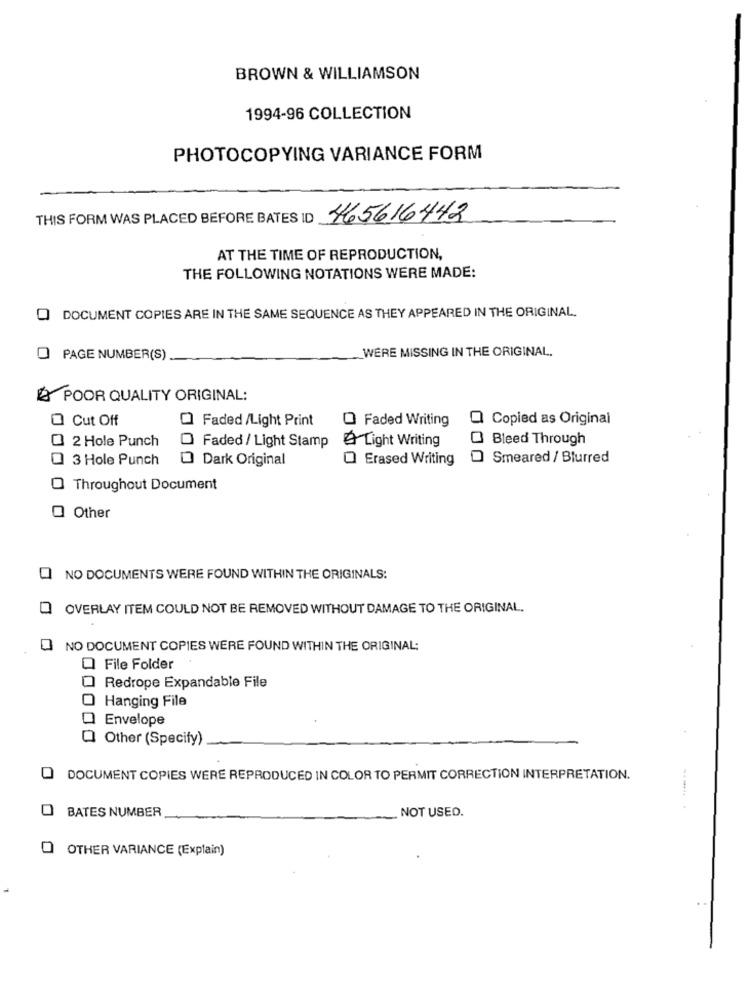
BROWN & WILLIAMSON
1994-96 COLLECTION
PHOTOCOPYING VARIANCE FORM
THIS FORM WAS PLACED BEFORE BATES ID
465616442
AT THE TIME OF REPRODUCTION,
THE FOLLOWING NOTATIONS WERE MADE:
Q DOCUMENT COPIES ARE IN THE SAME SEQUENCE AS THEY APPEARED IN THE ORIGINAL.
WERE MISSING IN THE ORIGINAL.
O PAGE NUMBER(S)
POOR QUALITY ORIGINAL:
O Cut Off
Faded /Light Print
O Faded Writing
Copied as Original
2 Hole Punch
& Light Writing
Bleed Through
O Faded / Light Stamp
3 Hole Punch
Dark Original
O Erased Writing
Smeared / Blurred
Throughout Document
Other
NO DOCUMENTS WERE FOUND WITHIN THE ORIGINALS:
OVERLAY ITEM COULD NOT BE REMOVED WITHOUT DAMAGE TO THE ORIGINAL.
NO DOCUMENT COPIES WERE FOUND WITHIN THE ORIGINAL:
File Folder
Redrope Expandable File
Hanging File
Envelope
Other (Specify)
DOCUMENT COPIES WERE REPRODUCED IN COLOR TO PERMIT CORRECTION INTERPRETATION.
BATES NUMBER
NOT USED.
OTHER VARIANCE (Explain)